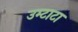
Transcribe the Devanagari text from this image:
उम्टाटा